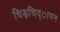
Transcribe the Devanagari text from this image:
चिड़चिद्ापन